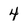
Character: 4